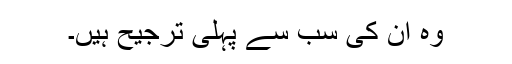
وہ ان کی سب سے پہلی ترجیح ہیں۔